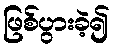
ဖြစ်ပွားခဲ့၍